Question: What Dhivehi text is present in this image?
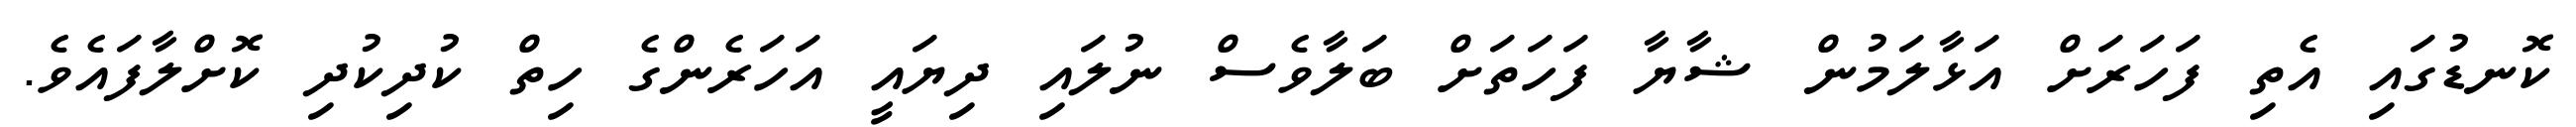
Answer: ކޮނޑުގައި އެތި ފަހަރަށް އަޅާލަމުން ޝާޔާ ފަހަތަށް ބަލާވެސް ނުލައި ދިޔައީ އަހަރެންގެ ހިތް ކުދިކުދި ކޮށްލާފައެވެ.